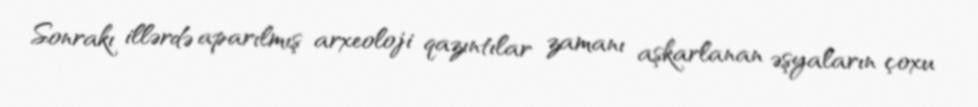
Sonrakı illərdə aparılmış arxeoloji qazıntılar zamanı aşkarlanan əşyaların çoxu